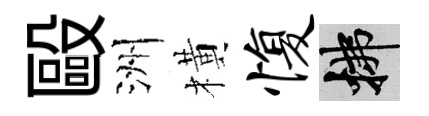
毆洲橫愎拂